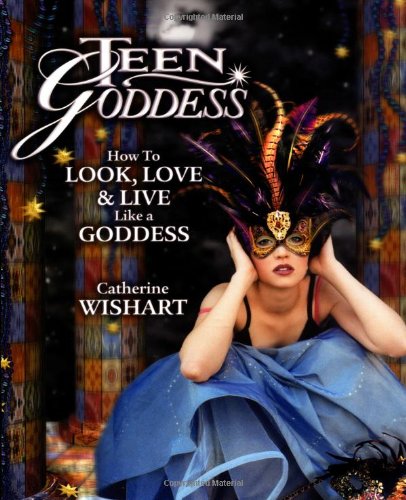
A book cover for Teen Goddess: How to Look, Love & Live Like a Goddess; Catherine Wishart; Teen & Young Adult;